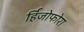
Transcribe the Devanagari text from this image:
र्हिजोफोरा